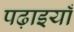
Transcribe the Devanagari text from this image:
पढ़ाइयाँ